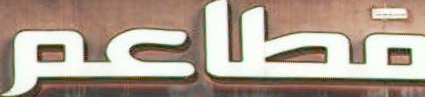
مطاعم